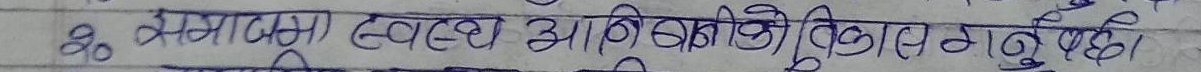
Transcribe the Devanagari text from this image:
२० समाजमा स्वच्छ आविष्कारको विकास गर्नुपर्छ।